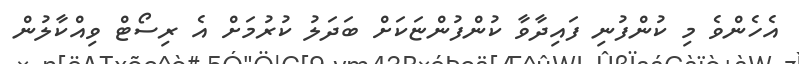
އެހެންވެ މި ކުންފުނި ފައިދާވާ ކުންފުންޏަކަށް ބަދަލު ކުރުމަށް އެ ރިސޯޓް ވިއްކާލުން